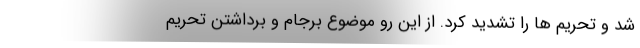
شد و تحریم ها را تشدید کرد. از این رو موضوع برجام و برداشتن تحریم